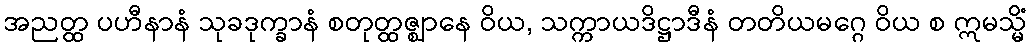
အညတ္ထ ပဟီနာနံ သုခဒုက္ခာနံ စတုတ္ထဇ္ဈာနေ ဝိယ, သက္ကာယဒိဋ္ဌာဒီနံ တတိယမဂ္ဂေ ဝိယ စ ဣမသ္မိံ